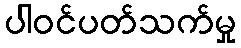
ပါဝင်ပတ်သက်မှု